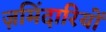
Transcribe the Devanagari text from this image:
ज़मिंदारियों